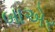
બાએર